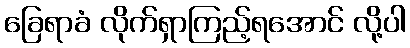
ခြေရာခံ လိုက်ရှာကြည့်ရအောင် လို့ပါ